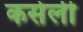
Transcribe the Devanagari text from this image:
कसेली